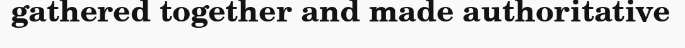
gathered together and made authoritative